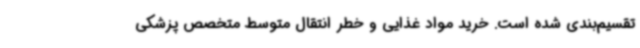
تقسیم‌بندی شده است. خرید مواد غذایی و خطر انتقال متوسط متخصص پزشکی